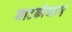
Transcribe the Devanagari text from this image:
नाटकीयताएं